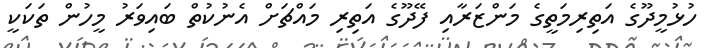
ހުޅުމީދޫގެ އަތިރިމަތީގެ މަންޒަރާއި ފޭދޫގެ އަތިރި މައްޗަށް އެނުކުތް ބައިވަރު މީހުން ތަކަކީ